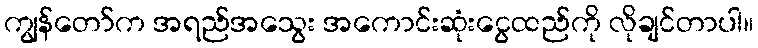
ကျွန်တော်က အရည်အသွေး အကောင်းဆုံးငွေထည်ကို လိုချင်တာပါ။